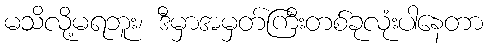
မသိလို့မရဘူး၊ ဒီမှာအမှတ်ကြီးတစ်ခုလုံးပါနေတာ